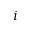
i